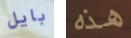
بايل هذه